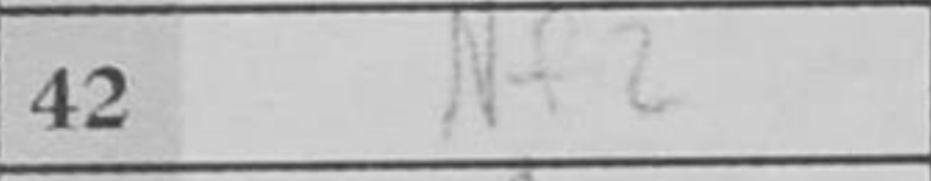
Transcription: Nf2